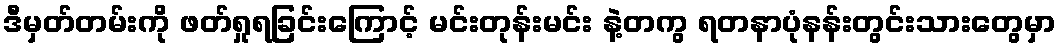
ဒီမှတ်တမ်းကို ဖတ်ရှုရခြင်းကြောင့် မင်းတုန်းမင်း နဲ့တကွ ရတနာပုံနန်းတွင်းသားတွေမှာ